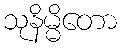
သုနိမ္မိတော